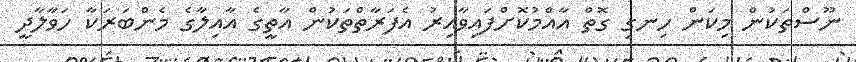
ނޫސްތަކުން މިކަން ހިނގި ގޮތް އާއްމުކޮށްފައިވާއިރު އެފަރާތްތަކުން އާތީގެ އާއިލާގެ މެންބަރަކާ ހަވާލާދީ